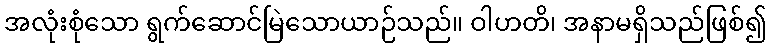
အလုံးစုံသော ရွက်ဆောင်မြဲသောယာဉ်သည်။ ဝါဟတိ၊ အနာမရှိသည်ဖြစ်၍